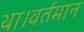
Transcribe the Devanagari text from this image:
था।वर्तमान